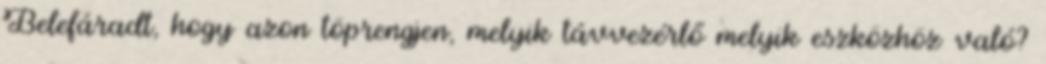
Belefáradt, hogy azon töprengjen, melyik távvezérlő melyik eszközhöz való?